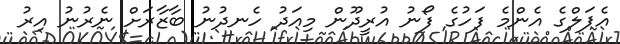
އެޕަލްގެ އެންމެ ފަހުގެ ފޯނު އުރީދޫން މިއަދު ހެނދުނު ބާޒާރަށް ނެރުނު އިރު